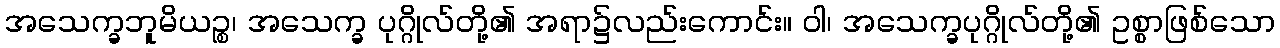
အသေက္ခဘူမိယဉ္စ၊ အသေက္ခ ပုဂ္ဂိုလ်တို့၏ အရာ၌လည်းကောင်း။ ဝါ၊ အသေက္ခပုဂ္ဂိုလ်တို့၏ ဥစ္စာဖြစ်သော